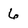
Character: 6